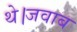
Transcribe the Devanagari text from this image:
थे।जवाब